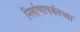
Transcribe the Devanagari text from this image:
निर्वाणापर्यंतच्या